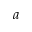
a